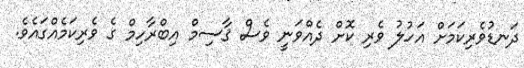
ދަނޑުވެރިކަމަށް އަހުލު ވެރި ކޮށް ދެއްވަނީ ވެސް ޤާސިމް އިބްރާހިމް ގެ ވެރިކަމެއްގައެވެ.